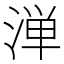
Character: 𬈁